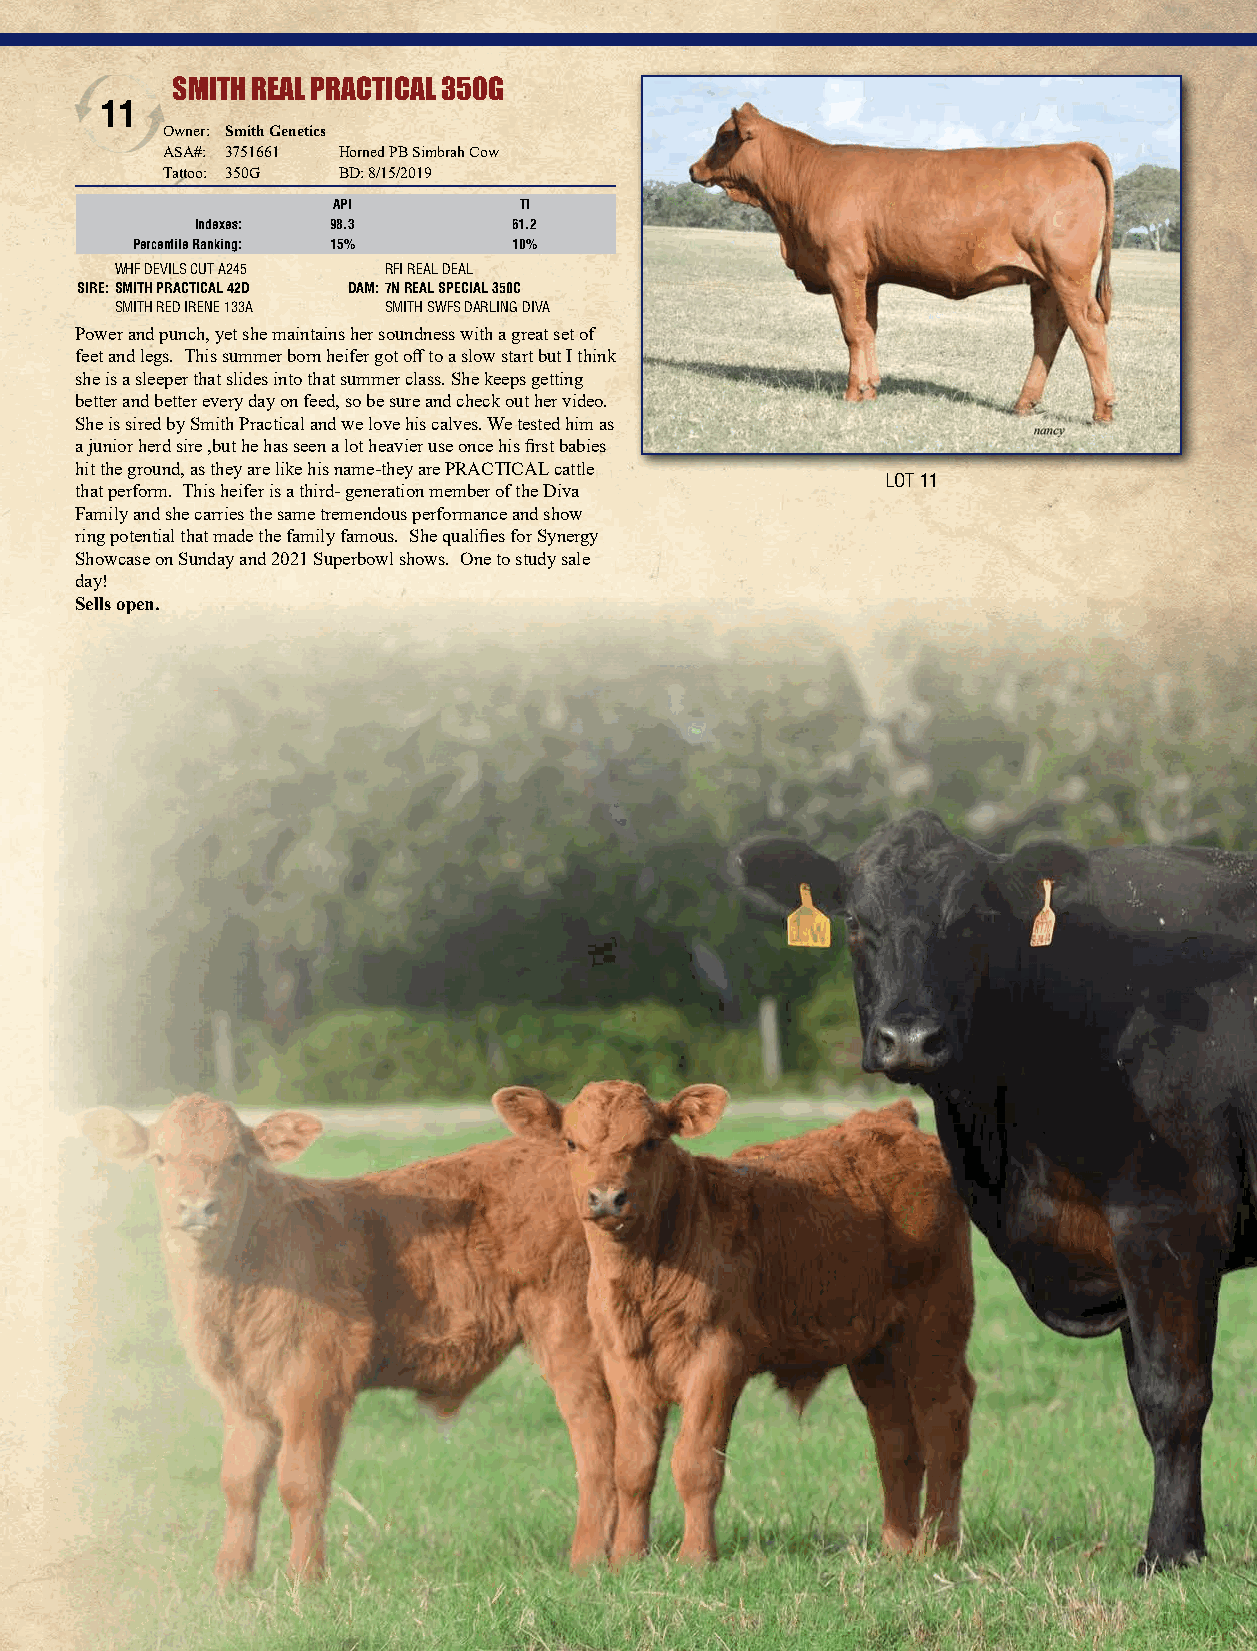
SMITH REAL PRACTICAL 350G
 11
 Owner: Smith Genetics
 ASA#: 3751661 Horned PB Simbrah Cow
 Tattoo: 350G BD: 8/15/2019
 API         TI
 Indexes: 98.3        61.2
 Percentile Ranking: 15%  10%
 WHF DEVILS CUT A245 RFI REAL DEAL
 SIRE:SMITH PRACTICAL 42D DAM:7N REAL SPECIAL 350C
 SMITH RED IRENE 133A SMITH SWFS DARLING DIVA
 Power and punch, yet she maintains her soundness with a great set of
 feet and legs. This summer born heifer got off to a slow start but I think
 she is a sleeper that slides into that summer class. She keeps getting
 better and better every day on feed, so be sure and check out her video.
 She is sired by Smith Practical and we love his calves. We tested him as
 a junior herd sire ,but he has seen a lot heavier use once his first babies
 hit the ground, as they are like his name-they are PRACTICAL cattle
 LOT 11
 that perform. This heifer is a third- generation member of the Diva
 Family and she carries the same tremendous performance and show
 ring potential that made the family famous. She qualifies for Synergy
 Showcase on Sunday and 2021 Superbowl shows. One to study sale
 day!
 Sells open.